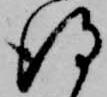
得